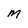
Character: M